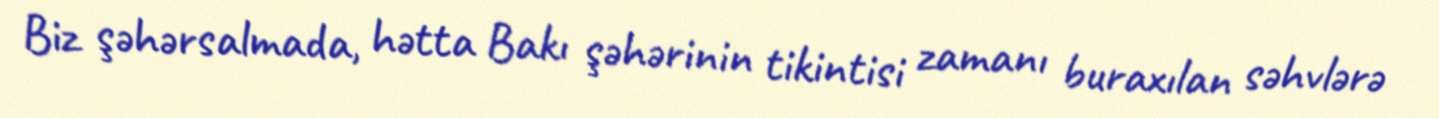
Biz şəhərsalmada, hətta Bakı şəhərinin tikintisi zamanı buraxılan səhvlərə